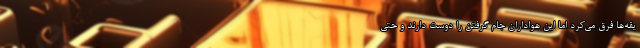
یقه‌ها فرق می‌کرد اما این هواداران جام گرفتن را دوست دارند و حتی